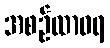
အစဉ်ထာဝရ